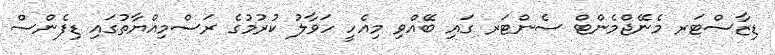
ޑިޒާސްޓަރ މެނޭޖްމެންޓް ސެންޓަރ ގައި ބޭއްވި މިއެހީ ހަވާލު ކުރުމުގެ ރަސްމިއްޔާތުގައި ޑިފެންސް